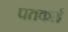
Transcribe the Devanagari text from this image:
पतकाई